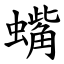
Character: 蟕